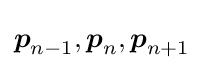
{\boldsymbol {p}}_{n-1},{\boldsymbol {p}}_{n},{\boldsymbol {p}}_{n+1}